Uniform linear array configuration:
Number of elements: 12
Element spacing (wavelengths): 0.25
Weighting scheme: uniform
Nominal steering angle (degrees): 0
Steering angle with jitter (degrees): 1.984
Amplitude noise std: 0.05
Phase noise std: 0.05

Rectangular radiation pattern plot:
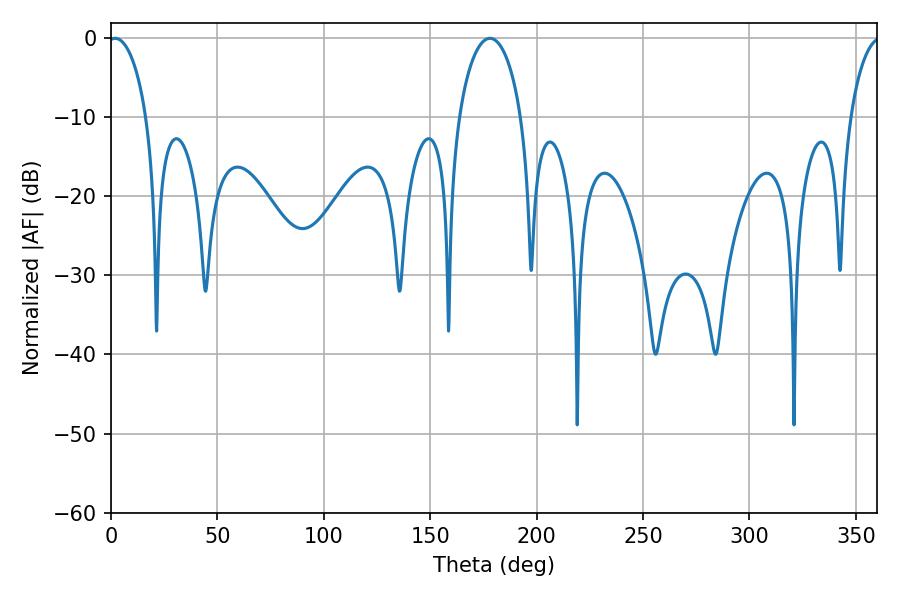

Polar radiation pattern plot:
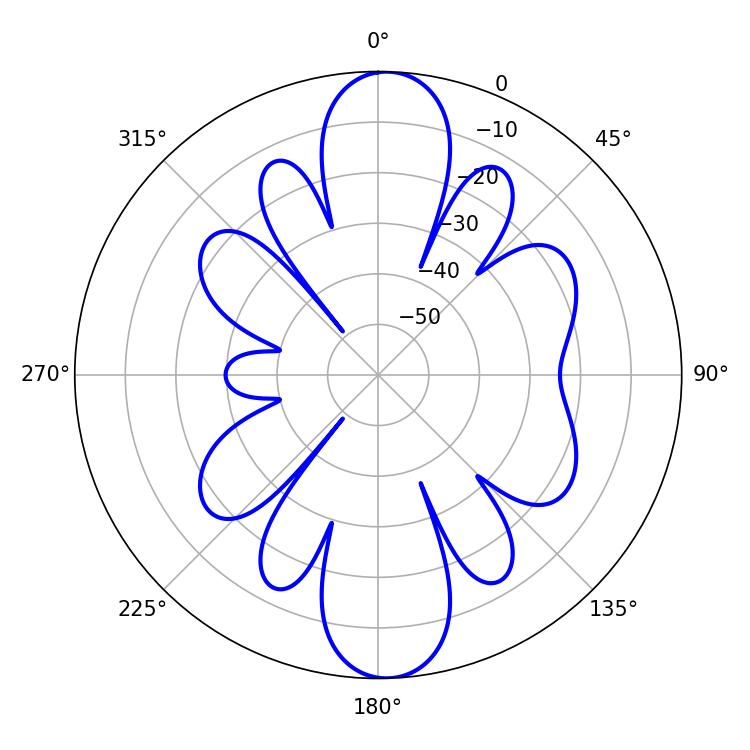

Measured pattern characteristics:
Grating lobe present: FALSE
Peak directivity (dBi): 18.086
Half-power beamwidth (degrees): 16.92
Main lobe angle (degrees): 178.02